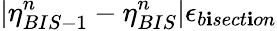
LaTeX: |\eta_{BIS-1}^{n}-\eta_{BIS}^{n}|\le\epsilon_{b\mathbf{i}sect\mathbf{i}on}